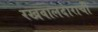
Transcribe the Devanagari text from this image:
रखवालदाराची